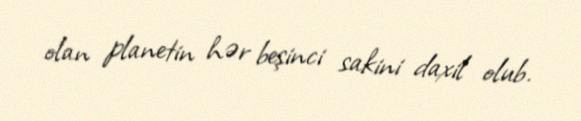
olan planetin hər beşinci sakini daxil olub.